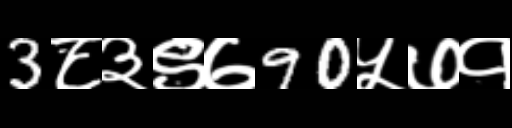
Text: 3८३९७90५७१